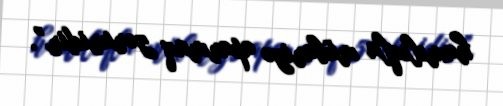
hamılıqla mübarizə aparmaq zəruridir”.